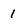
Character: 1